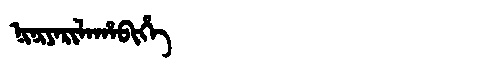
Manchu: ᠨᡳᠨᡳᠶᠠᡵᡳᠯᠠᡥᠠᠪᡳᡥᡝ
Romanization: NINIYARILAHABIHE